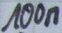
Text: 100n